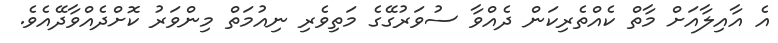
އެ އާއިލާއަށް މާތް ކެއްތެރިކަން ދެއްވާ ސުވަރުގޭގެ މަތިވެރި ނިއުމަތް މިންވަރު ކޮށްދެއްވާދޭއެވެ.